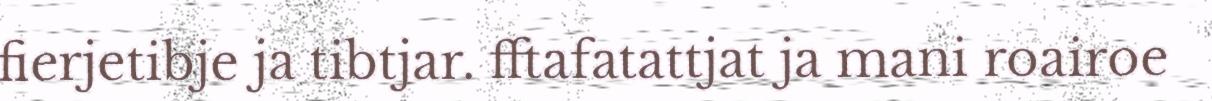
fierjetibje ja tibtjar. fftafatattjat ja mani roairoe